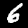
Digit: 6